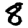
Digit: 8